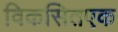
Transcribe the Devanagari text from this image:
विकसितएक